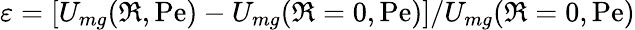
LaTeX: \varepsilon=\left[U_{mg}(\Re,\mathrm{Pe})-U_{mg}(\Re=0,\mathrm{Pe})\right]/U_{mg}(\Re=0,\mathrm{Pe})